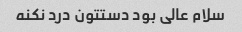
سلام عالی بود دستتون درد نکنه